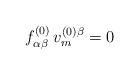
LaTeX: \begin{align*}f_{\alpha\beta}^{(0)}\,v_m^{(0)\beta}=0\end{align*}